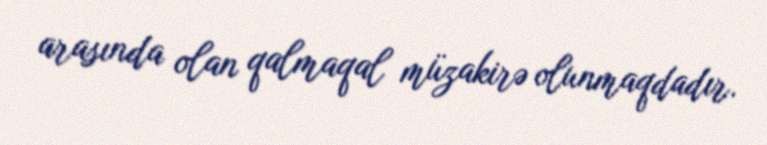
arasında olan qalmaqal müzakirə olunmaqdadır.